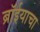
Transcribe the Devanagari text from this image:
ब्रॉईयाचा